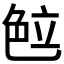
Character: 𰰖